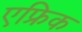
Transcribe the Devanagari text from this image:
एफ्रिक